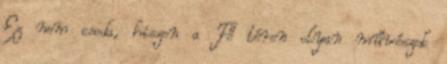
Ez nem csoda, hiszen a Fő téren olyan művészek